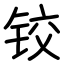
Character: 铰